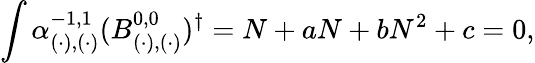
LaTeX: \int\alpha_{(\cdot),(\cdot)}^{-1,1}(B_{(\cdot),(\cdot)}^{0,0})^{\dagger}=N+aN+bN^{2}+c=0,